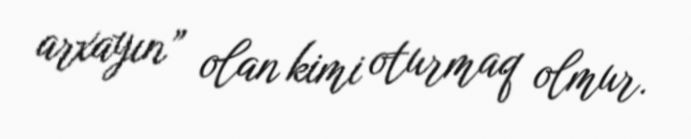
arxayın” olan kimi oturmaq olmur.